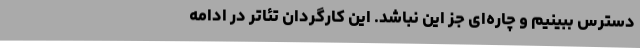
دسترس ببینیم و چاره‌ای جز این نباشد. این کارگردان تئاتر در ادامه